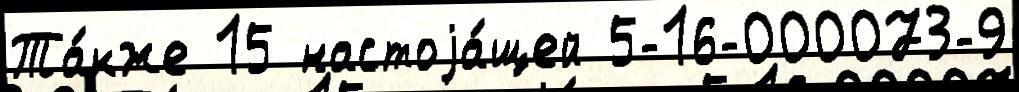
Та́кже 15 настоjа́щей 5-16-000073-9